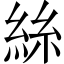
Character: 絲